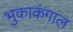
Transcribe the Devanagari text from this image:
भुकाकंगाल